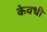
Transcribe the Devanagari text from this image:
केवधी